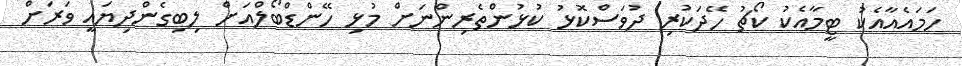
ހަމައެއާއެކު ޓީމާއެކު ކޯޗު ހޭދަކުރި ދުވަސްކޮޅު ކުޅުންތެރިންނަށް މުޅި ހޭންޑްބޯލްއަށް ލިބިގެންދިޔައީ ވަރަށް